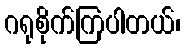
ဂရုစိုက်ကြပါတယ်၊